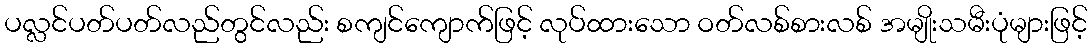
ပလ္လင်ပတ်ပတ်လည်တွင်လည်း စကျင်ကျောက်ဖြင့် လုပ်ထားသော ဝတ်လစ်စားလစ် အမျိုးသမီးပုံများဖြင့်